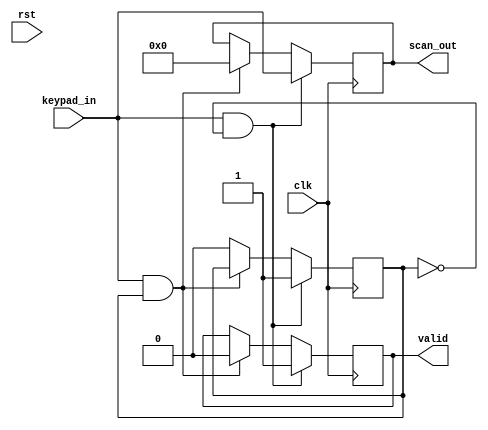
module keypad_scan(
    input clk, rst,
    input [11:0] keypad_in,
    output reg [11:0] scan_out,
    output reg valid
);
reg temp;

    initial begin
        valid <= 1'b0;
        temp <= 1'b0;
    end 
    always @(posedge clk) begin
        if (keypad_in && ~temp) begin
            scan_out <= keypad_in;
            valid <= 1'b1;
            temp <= 1'b1;
        end
        else if (keypad_in && temp) begin
            scan_out <= 12'b0;
            valid <= 1'b0;
        end
        else temp <= 1'b0;
    end
endmodule


module display (
    input clk, rst, valid,
    input [11:0] scan_data,
    output reg [56-1:0] seg,
    output reg out_en
);

reg [6:0] temp;
reg [6:0] seg1, seg2, seg3, seg4, seg5, seg6, seg7, seg8;
reg [11:0] r8; // scan data 
reg [2:0] r9; //    

always @(*) begin
    if(~rst) begin
        seg <= 0;
        out_en <= 0;
        r9 <=0;
    end
end

always @(posedge clk && valid) begin
    r8 <= scan_data;
end

always @(valid)begin
    case (r8)
    	12'b0000_0000_0001 : temp <= 7'b0110000; //1
    	12'b0000_0000_0010 : temp <= 7'b1101101; //2
        12'b0000_0000_0100 : temp <= 7'b1111001; //3
        12'b0000_0000_1000 : temp <= 7'b0110011; //4
        12'b0000_0001_0000 : temp <= 7'b1011011; //5
        12'b0000_0010_0000 : temp <= 7'b1011111; //6
        12'b0000_0100_0000 : temp <= 7'b1110010; //7
        12'b0000_1000_0000 : temp <= 7'b1111111; //8
        12'b0001_0000_0000 : temp <= 7'b1111011; //9
        12'b0010_0000_0000 : temp <= 7'b1111110; //0
    endcase

    if (r8 == 12'b1000_0000_0000) begin r9 <= r9 + 1'b1; out_en <= 1'b0; end //#, r9 
    else if(r8 == 12'b0100_0000_0000) out_en <= 1'b1;//*, out_en 
    else begin
        case(r9)
            3'b000 : seg1 <= temp; //r0
            3'b001 : seg2 <= temp; //r1
            3'b010 : seg3 <= temp; //r2
            3'b011 : seg4 <= temp; //r3

            3'b100 : seg5 <= temp; //r4
            3'b101 : seg6 <= temp; //r5
            3'b110 : seg7 <= temp; //r6
            3'b111 : seg8 <= temp; //r7
        endcase
        out_en <= 1'b0;
        seg <= {seg8, seg7, seg6, seg5, seg4, seg3, seg2, seg1};
    end
end

endmodule


module regi (
    input clk, rst, en,
    input [6:0] in,
    output reg [6:0] out
);

    reg [6:0] temp;
    always @(posedge clk, rst) begin
        if (rst) out<= 7'b000_0000;
        else begin temp <= in;
        out <= temp; end
    end
        
endmodule

module register_file(
    input clk, rst, en,
    input [56-1:0] in,
    output [56-1:0] out
);
regi r0(clk, rst, en, in[6:0], out[6:0]);
regi r1(clk, rst, en, in[13:7], out[13:7]);
regi r2(clk, rst, en, in[20:14], out[20:14]);
regi r3(clk, rst, en, in[27:21], out[27:21]);
regi r4(clk, rst, en, in[34:28], out[34:28]);
regi r5(clk, rst, en, in[41:35], out[41:35]);
regi r6(clk, rst, en, in[48:42], out[48:42]);
regi r7(clk, rst, en, in[55:49], out[55:49]);
    
endmodule

module segment_controller (
    input clk, rst,
    input [56-1:0] seg,
    output reg [7-1:0] data_out,
    output reg [8-1:0] data_pos // this port means 'data_en' port in ppt.
);
reg [2:0] count = 0;

always @(*) begin
    if(~rst) begin
        data_out <= 0;
        data_pos <= 0;
    end
end

always @(posedge clk) begin
    count <= count+1'b1;

    case(count)
        3'b000 : begin data_pos <= 0000_0001;
            data_out <= seg[6:0]; end
        3'b001 : begin data_pos <= 0000_0010;
            data_out <= seg[13:7]; end
        3'b010 : begin data_pos <= 0000_0100;
            data_out <= seg[20:14]; end
        3'b011 : begin data_pos <= 0000_1000;
            data_out <= seg[27:21]; end
        3'b100 : begin data_pos <= 0001_0000;
            data_out <= seg[34:28]; end
        3'b101 : begin data_pos <= 0010_0000;
            data_out <= seg[41:35]; end
        3'b110 : begin data_pos <= 0100_0000;
            data_out <= seg[48:42]; end
        3'b111 : begin data_pos <= 1000_0000;
            data_out <= seg[55:49]; end
    endcase
end
endmodule